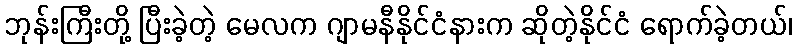
ဘုန်းကြီးတို့ ပြီးခဲ့တဲ့ မေလက ဂျာမနီနိုင်ငံနားက ဆိုတဲ့နိုင်ငံ ရောက်ခဲ့တယ်၊